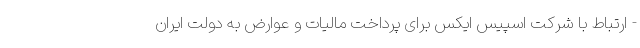
- ارتباط با شرکت اسپیس ایکس برای پرداخت مالیات و عوارض به دولت ایران